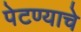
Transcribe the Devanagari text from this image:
पेटण्याचे